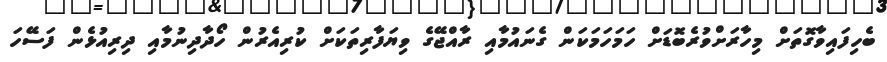
ބެހިފައިވާގޮތަށް މިހާރަށްވުރެބޮޑަށް ހަމަހަމަކަން ގެނައުމާއި ރާއްޖޭގެ ވިޔަފާރިތަކަށް ކުރިއެރުން ހޯދާދިނުމާއި ދިރިއުޅެން ފަސޭހަ